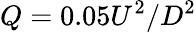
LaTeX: Q=0.05U^{2}/D^{2}